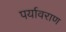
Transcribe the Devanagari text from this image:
पर्यावराण